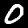
Label: 0